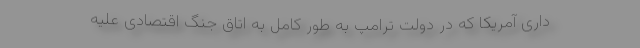
داری آمریکا که در دولت ترامپ به طور کامل به اتاق جنگ اقتصادی علیه